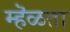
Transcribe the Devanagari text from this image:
म्हॆळता